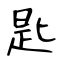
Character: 匙